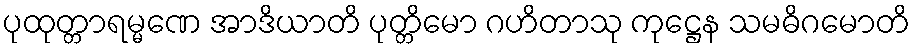
ပုထုတ္တာရမ္မဏေ အာဒိယာတိ ပုတ္တိမော ဂဟိတာသု ကုဋ္ဌေန သမဓိဂမောတိ